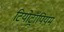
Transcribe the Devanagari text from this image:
टियोट्रॉपियम